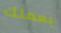
بعملك